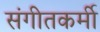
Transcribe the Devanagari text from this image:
संगीतकर्मी